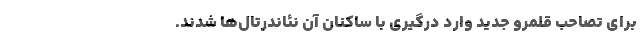
برای تصاحب قلمرو جدید وارد درگیری با ساکنان آن نئاندرتال‌ها شدند.